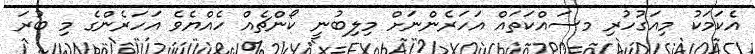
އެކަމަކު މިއަގުހުރި މސައްކަތައް އަހަރެންނަށް މިލިބުނީ ކޯންޗެއް ހެއްޔެވެ އަހަރެންގެ މި ބުރަ